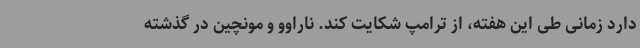
دارد زمانی طی این هفته، از ترامپ شکایت کند. ناراوو و مونچین در گذشته